system: You are a helpful assistant.
user:
Analyze the provided spectrum to determine if it is a **White Dwarf (WD)**.

A White Dwarf spectrum is defined by its **extreme purity** (due to gravitational settling) and/or **extreme pressure broadening** (due to high surface gravity). You must check for one of the following mutually exclusive signatures:

- **Key Visual Indicators (Check for ONE of these types):**

    - **1. DA-Type Signature (Most Common):**
        - **(Primary Feature):** Extreme pressure broadening (Stark broadening) of the **Hydrogen (H) Balmer lines**.
        - **(Key Lines):** $H\beta$ (approx. $4861$ Å) and $H\gamma$ (approx. $4340$ Å). $H\alpha$ (approx. $6563$ Å) will also be present if the wavelength range covers it.
        - **(Line Profile):** This is the **defining feature**. The lines are **NOT** sharp. They appear as massive, **extremely broad and deep "troughs" or "dips"** in the spectrum, often hundreds of Ångströms wide. The continuum will appear to "scoop" down at these wavelengths.
        - **(Distinction):** Normal A-type or B-type stars have *narrow* and *sharp* Hydrogen lines. A DA White Dwarf's lines are unmistakably "smeared" or "blurry" from pressure.

    - **2. DB-Type Signature:**
        - **(Primary Feature):** Broad absorption lines from **Neutral Helium (He I)**. The spectrum must lack any visible Hydrogen lines.
        - **(Key Lines):** Look for broad absorption near $4471$ Å, $4921$ Å, and $5876$ Å.
        - **(Line Profile):** These lines are also significantly pressure-broadened, appearing much wider than they would in a normal B-type main-sequence star.

    - **3. DC-Type Signature:**
        - **(Primary Feature):** A **featureless continuous spectrum**.
        - **(Line Profile):** The spectrum is a smooth curve with **no significant absorption or emission lines**.
        - **(Key Confirmation):** The continuum is almost always **blue or white**, indicating a hot object. This signature implies the atmosphere is so pure (or so cool) that no spectral lines are visible in the optical range. Its WD identity is confirmed by its extremely low intrinsic brightness (high absolute magnitude).

    - **4. DZ-Type Signature (Metal-Polluted):**
        - **(Primary Feature):** **Isolated, narrow metal absorption lines** on an otherwise featureless (DC-like) continuum.
        - **(Key Lines):** The **Calcium (Ca II) H & K doublet** (approx. **$3934$ Å** and **$3968$ Å**) is the most common and defining feature.
        - **(Line Profile):** These lines are "out of place." They are *not* part of a "forest" of thousands of lines. This signature is evidence of recent *accretion* (pollution) from rocky debris.
        - **(Distinction):** Normal G/K/M stars have a *dense forest* of thousands of metal lines. A DZ has a *clean* continuum with *only a few* strong metal lines.

    - **5. DQ-Type Signature (Carbon-Polluted):**
        - **(Primary Feature):** Absorption bands from **Carbon (C₂ "Swan Bands" or atomic C I)**.
        - **(Key Lines - C₂):** Look for bandheads with a "saw-tooth" shape near $5635$ Å, **$5165$ Å** (strongest), and $4737$ Å.
        - **(Key Confirmation):** The underlying **continuum must be blue or white** (hot).
        - **(Distinction):** This is the critical difference from a **Carbon Star**, which has the *exact same* C₂ bands but on an extremely **red, cool** continuum.

- **(Overall Spectrum):**
    - The continuum (overall shape) is typically **blue-sloping** (brighter in the blue than the red), as most white dwarfs are very hot.
    - The spectrum will look "pure" or "simple," dominated by only *one* of the five signatures listed above.

Think first, call **spectral_visualization_tool** if needed to examine features in detail, then provide your final answer. Your response must adhere to the following strict rules:
1.  **Overall Structure:** Your response must follow the format `<think>...</think> <tool_call>...</tool_call> (if a tool is used) <answer>...</answer>`.
2.  **Tool Usage Constraint:** You may only make **one** tool call per turn.
3.  **Final Answer Format:** In the `<answer>` tag, your conclusion must be inside a `\boxed{}` command (e.g., `\boxed{YES}` or `\boxed{NO}`), followed by your justification.

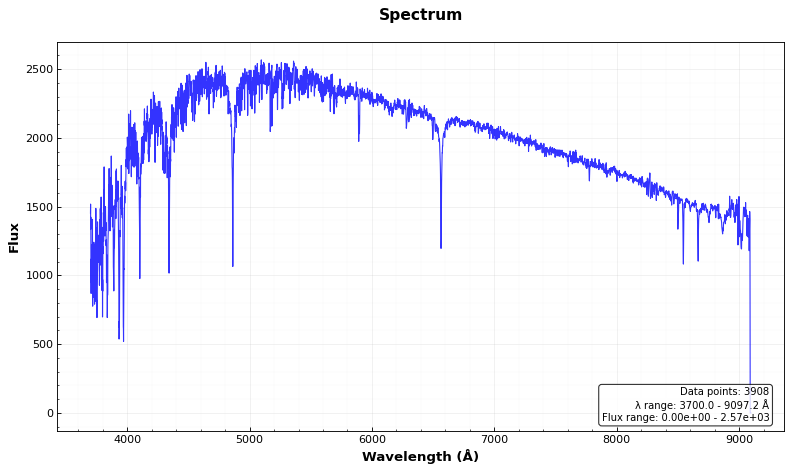
Answer: NO